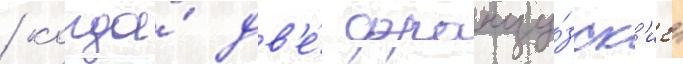
/ когда́ дв'е́ францу́зск'ие